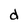
Character: d